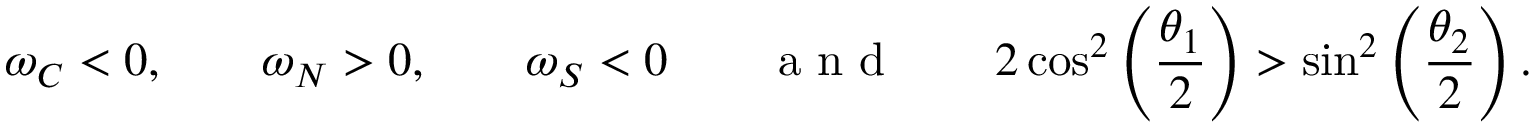
\omega _ { C } < 0 , \qquad \omega _ { N } > 0 , \qquad \omega _ { S } < 0 \qquad \textnormal { a n d } \qquad 2 \cos ^ { 2 } \left( \frac { \theta _ { 1 } } { 2 } \right) > \sin ^ { 2 } \left( \frac { \theta _ { 2 } } { 2 } \right) .